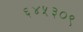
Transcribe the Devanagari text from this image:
६४५३०९